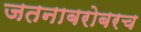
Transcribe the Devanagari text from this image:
जतनाबरोबरच